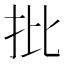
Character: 批